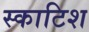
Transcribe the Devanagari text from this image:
स्‍काटिश